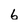
Character: b